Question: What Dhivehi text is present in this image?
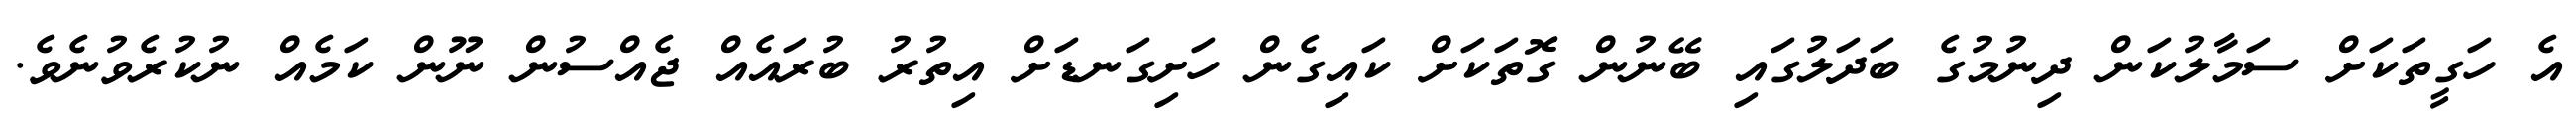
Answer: އެ ހަގީތަކަށް ސަމާލުކަން ދިނުމުގެ ބަދަލުގައި ބޭނުން ގޮތަކަށް ކައިގެން ހަށިގަނޑަށް އިތުރު ބުރައެއް ޖެއްސުން ނޫން ކަމެއް ނުކުރެވުނެވެ.